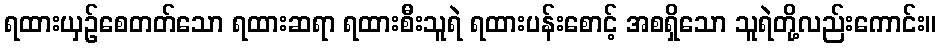
ရထားယှဉ်စေတတ်သော ရထားဆရာ ရထားစီးသူရဲ ရထားပန်းစောင့် အစရှိသော သူရဲတို့လည်းကောင်း။